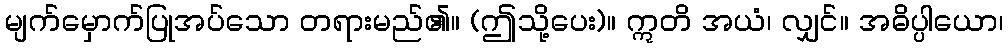
မျက်မှောက်ပြုအပ်သော တရားမည်၏။ (ဤသို့ပေး)။ ဣတိ အယံ၊ လျှင်။ အဓိပ္ပါယော၊